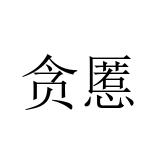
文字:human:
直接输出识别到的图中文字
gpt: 贪慝